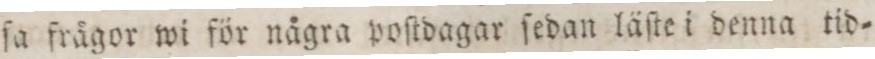
ſa frågor wi för några poſtdagar ſedan läſte i denna tid=